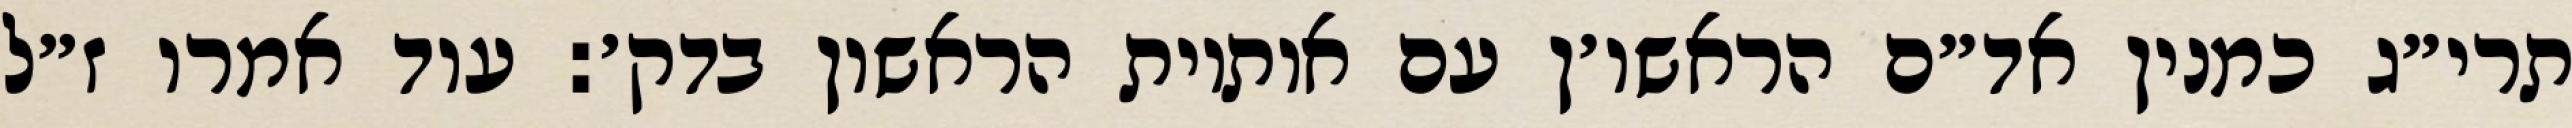
תרי״ג כמנין אד״ם הראשו׳ן עם אותיות הראשון בדק׳: עוד אמרו ז״ל